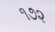
૧૭૨